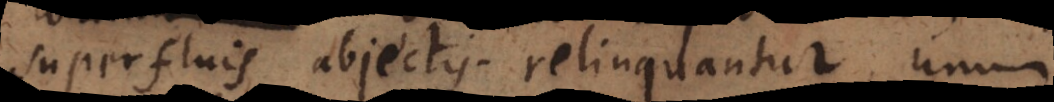
superfluis abjectis relinquantur, unum